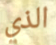
الذي